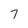
Character: 7